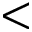
<